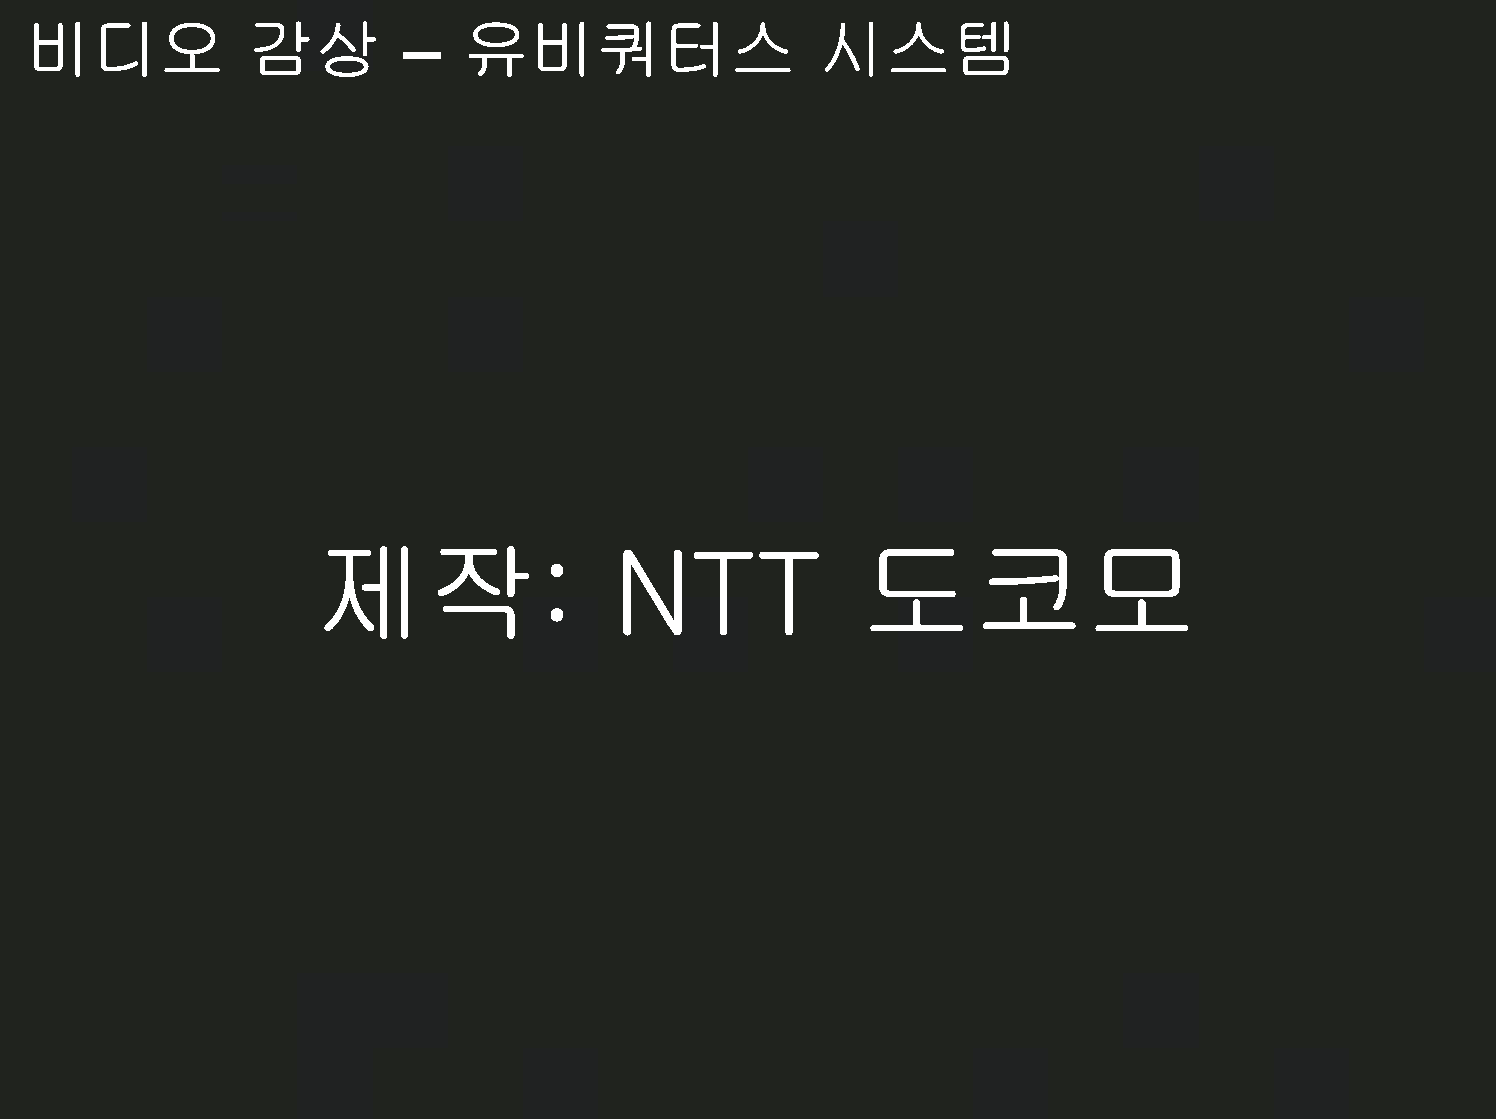
비디오            감상        –   유비쿼터스                   시스템
 제작:                 NTT              도코모
 유비유   세미나(www.ubiu.com)                     17/30                            http://www.yhj.pe.kr